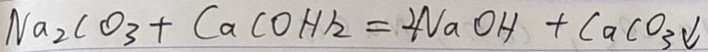
N a _ { 2 } C O _ { 3 } + C a ( O H ) _ { 2 } = 2 N a O H + C a C O _ { 3 } \downarrow